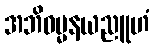
အဘိဓမ္မနယညူဟံ